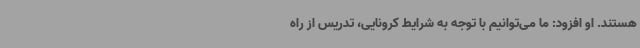
هستند. او افزود: ما می‌توانیم با توجه به شرایط کرونایی، تدریس از راه